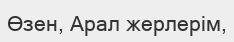
Өзен, Арал жерлерім,